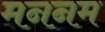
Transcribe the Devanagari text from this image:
मननम